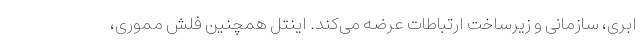
ابری، سازمانی و زیرساخت ارتباطات عرضه می‌کند. اینتل همچنین فلش مموری،